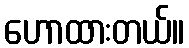
ဟောထားတယ်။